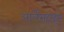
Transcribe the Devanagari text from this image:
आर्लेसहाइम